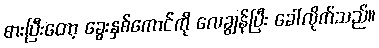
စားပြီးတော့ ခွေးနှစ်ကောင်ကို လေချွန်ပြီး ခေါ်လိုက်သည်။